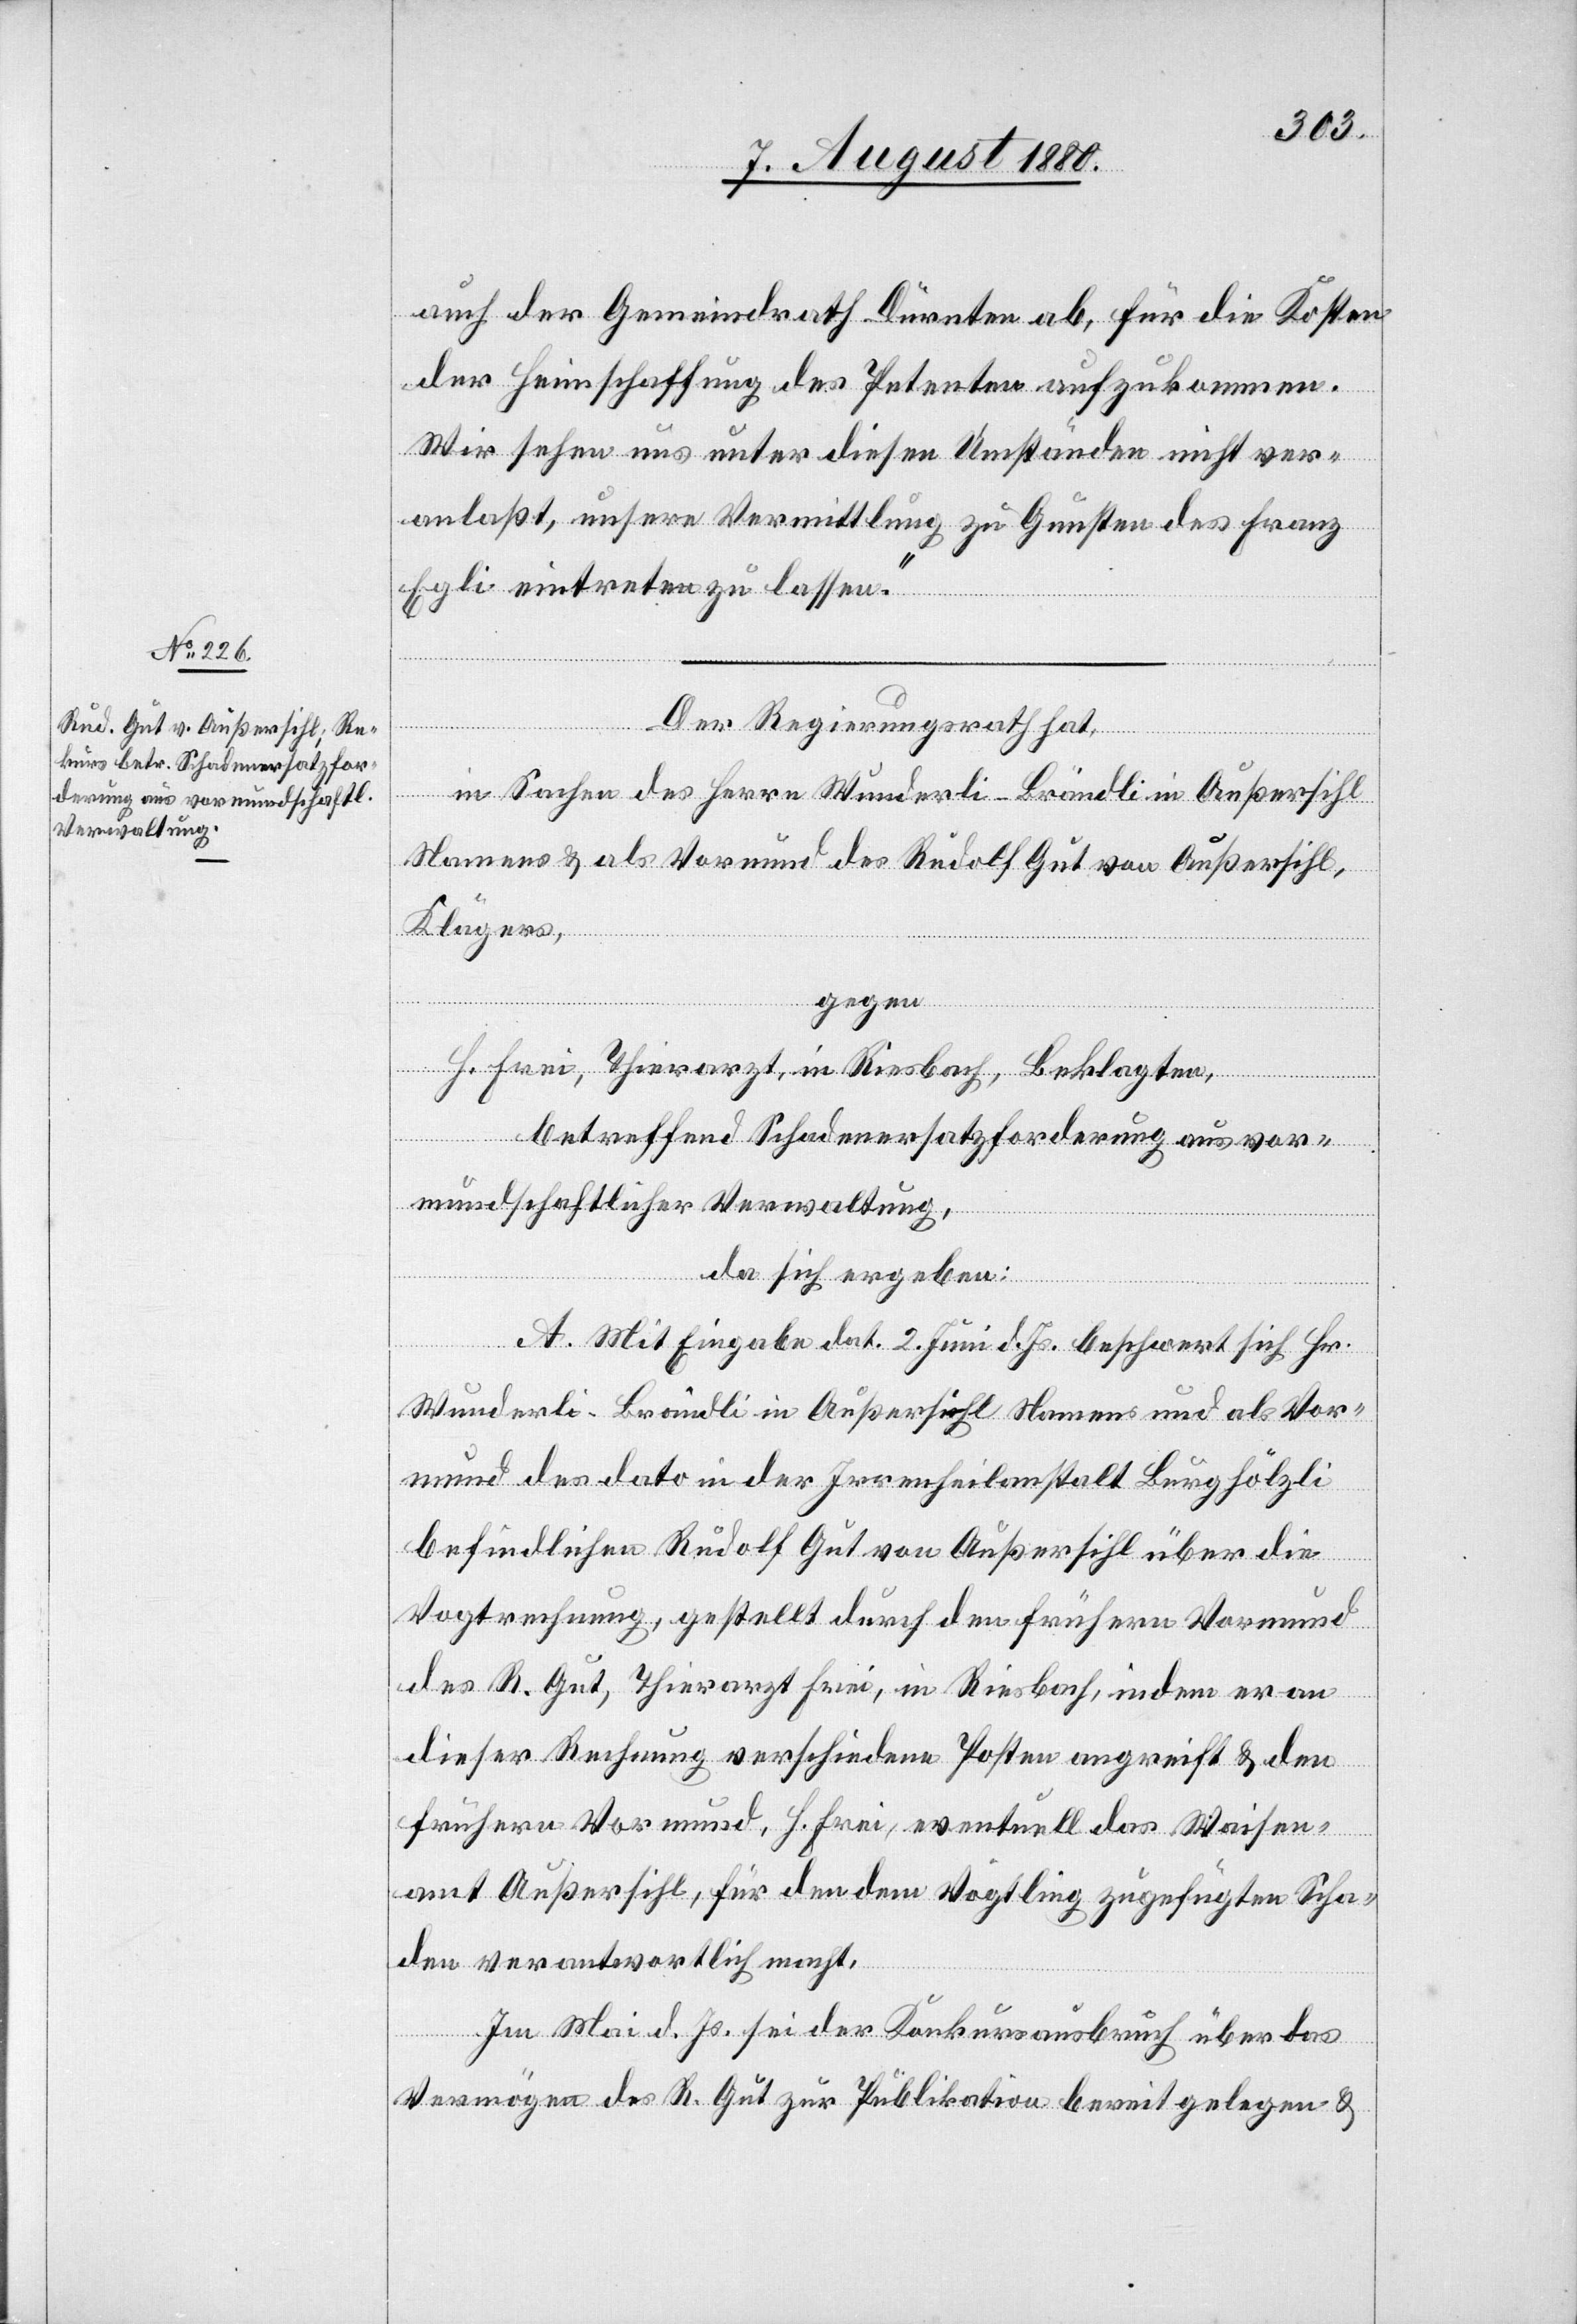
auch der Gemeindrath Dürnten ab, für die Kosten
der Heimschaffung des Petenten aufzukommen.
Wir sehen uns unter diesen Umständen nicht ver¬
anlaßt, unsere Vermittlung zu Gunsten des Franz
Egli eintreten zu lassen.“
Der Regierungsrath hat,
in Sachen des Herrn Wunderli-Brändli in Außersihl
Namens & als Vormund des Rudolf Gut von Außersihl,
Klägers,
gegen
H. Frei, Thierarzt, in Riesbach, Beklagten,
betreffend Schadenersatzforderung aus vor¬
mundschaftlicher Verwaltung,
da sich ergeben:
A. Mit Eingabe dat. 2. Juni d. Js. beschwert sich Hr.
Wunderli-Brändli in Außersihl Namens und als Vor¬
mund des dato in der Irrenheilanstalt Burghölzli
befindlichen Rudolf Gut von Außersihl über die
Vogtrechnung, gestellt durch den früheren Vormund
des R. Gut, Thierarzt Frei, in Riesbach, indem er an
dieser Rechnung verschiedene Posten angreift & den
frühern Vormund, H. Frei, eventuell das Waisen¬
amt Außersihl, für den dem Vögtling zugefügten Scha¬
den verantwortlich macht.
Im Mai d. Js. sei der Konkursausbruch über das
Vermögen des R. Gut zur Publikation bereit gelegen &